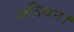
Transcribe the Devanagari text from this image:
अतियन।